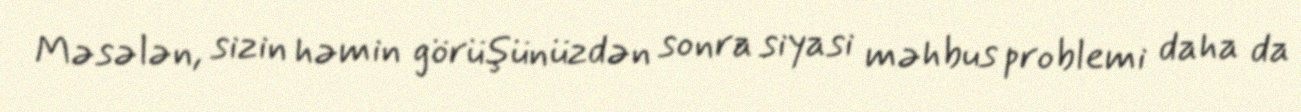
Məsələn, sizin həmin görüşünüzdən sonra siyasi məhbus problemi daha da